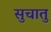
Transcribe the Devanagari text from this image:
सुचातु